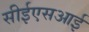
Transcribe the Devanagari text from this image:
सीईएसआई